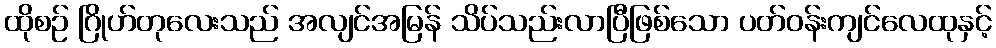
ထိုစဉ် ဂြိုဟ်တုလေးသည် အလျင်အမြန် သိပ်သည်းလာပြီဖြစ်သော ပတ်ဝန်းကျင်လေထုနှင့်